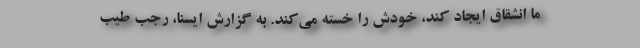
ما انشقاق ایجاد کند، خودش را خسته می‌کند. به گزارش ایسنا، رجب طیب